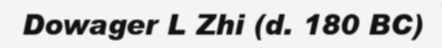
Dowager L Zhi (d. 180 BC)